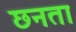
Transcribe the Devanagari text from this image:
छनता